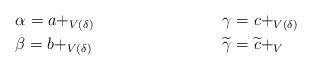
LaTeX: \begin{align*}& \alpha{}=a+_{V(\delta{})} & \gamma{} &=c+_{V(\delta{})}\\& \beta{}=b+_{V(\delta{})} & \widetilde{\gamma} &=\widetilde{c}+_{V}\end{align*}